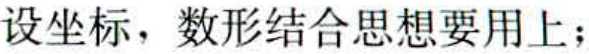
设坐标，数形结合思想要用上；